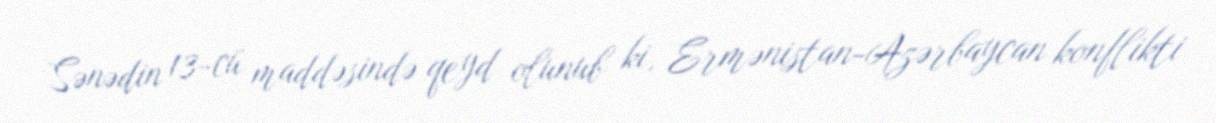
Sənədin 13-cü maddəsində qeyd olunub ki, Ermənistan-Azərbaycan konflikti